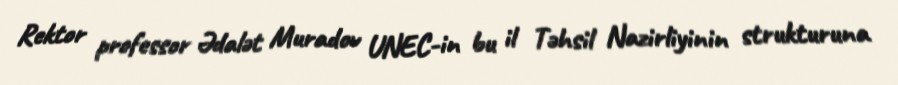
Rektor professor Ədalət Muradov UNEC-in bu il Təhsil Nazirliyinin strukturuna